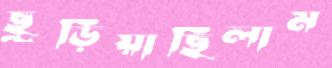
ছুড়িয়াছিলাম